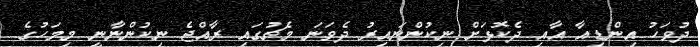
ދުވަހު އިންޑިއާ އާއި ދެކޮޅަށް ނިކުންނައިރު ދެވަނަ މެޗުގައި ރާއްޖެ ނިކުންނާނީ މިމަހުގެ